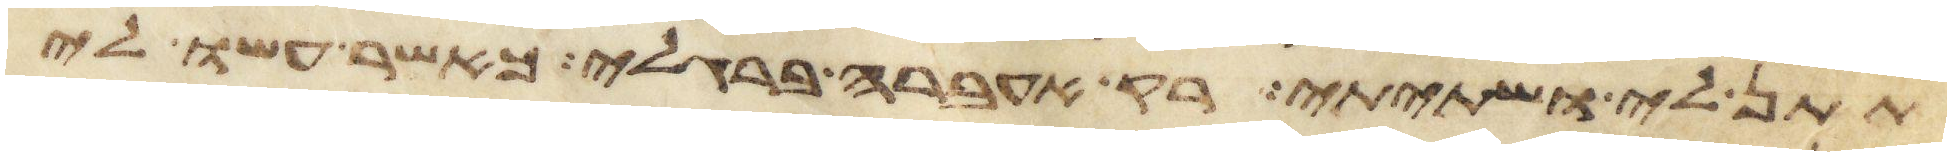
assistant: תתן לי ושתיתי רק אעברה ברגלי כאשר עשו לי